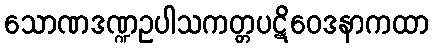
သောဏဒဏ္ဍဥပါသကတ္တပဋိဝေဒနာကထာ